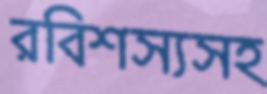
রবিশস্যসহ